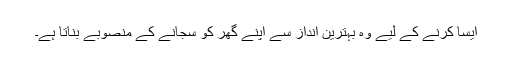
ایسا کرنے کے لیے وہ بہترین انداز سے اپنے گھر کو سجانے کے منصوبے بناتا ہے۔